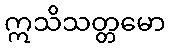
ဣသိသတ္တမော